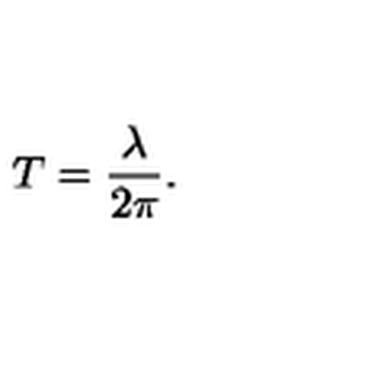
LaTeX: T = \frac { \lambda } { 2 \pi } .